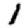
Digit: 1